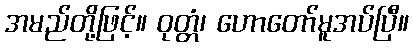
အမည်တို့ဖြင့်။ ဝုတ္တံ၊ ဟောတော်မူအပ်ပြီ။